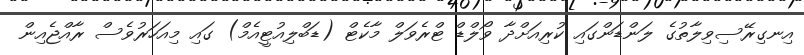
އިނގިރޭސިވިލާތުގެ ލަންޑަންގައި ކުރިއަށްދާ ވޯލްޑް ޓްރެވަލް މާކެޓް (ޑަބްލިއުޓީއެމް) ގައި މިއަހަރުވެސް ރާއްޖެއިން